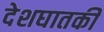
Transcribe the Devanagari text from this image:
देशघातकी